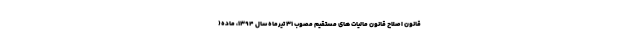
قانون اصلاح قانون مالیات ­های مستقیم مصوب ۳۱ تیرماه سال ۱۳۹۴، ماده(